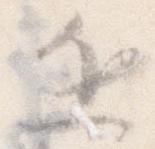
進